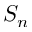
S _ { n }